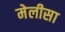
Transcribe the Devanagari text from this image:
मेलीसा